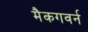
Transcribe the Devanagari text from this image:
मैकगवर्न